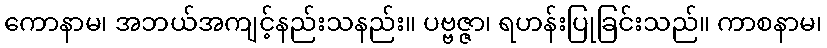
ကောနာမ၊ အဘယ်အကျင့်နည်းသနည်း။ ပဗ္ဗဇ္ဇာ၊ ရဟန်းပြုခြင်းသည်။ ကာစနာမ၊